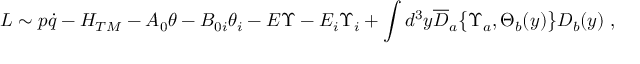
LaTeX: { \cal L } \sim p \dot { q } - { \cal H } _ { T M } - A _ { 0 } \theta - B _ { 0 i } \theta _ { i } - E \Upsilon - E _ { i } \Upsilon _ { i } + \int d ^ { 3 } y { \overline { { D } } } _ { a } \bigl \{ \Upsilon _ { a } , \Theta _ { b } ( y ) \bigl \} D _ { b } ( y ) \; ,